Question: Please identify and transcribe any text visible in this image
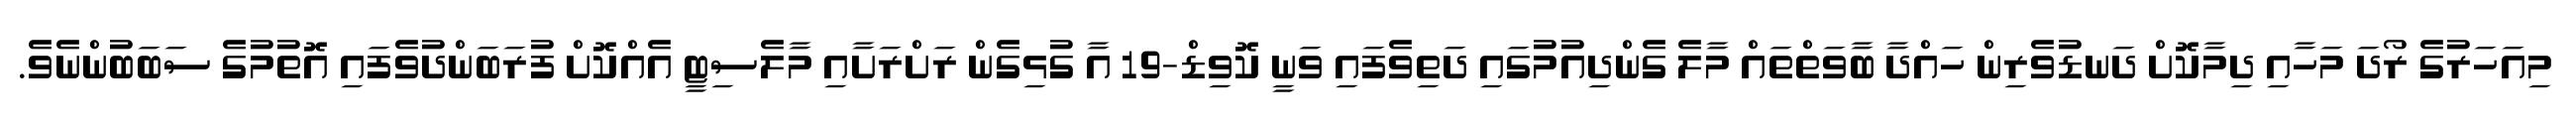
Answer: މިއަހަރުގެ ރޯދަ މަހާއި ދިމާކޮށް ދަނޑުވެރިން ހައްދާ ބާވަތްތައް މާލެ ގެންދިއުމުގައި ދަތިވެފައި ވަނީ ކޮވިޑް-19 އާ ގުޅިގެން ރަށްރަށާއި މާލެސިޓީ އެއްކޮށް ފުރަބަންދުވެފައި އޮތުމުގެ ސަބަބުންނެވެ.